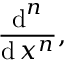
{ \frac { \operatorname { d } ^ { n } } { \operatorname { d } x ^ { n } } } ,